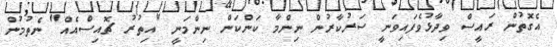
އެގޮތުން ރައީސް ވިދާޅުވެފައިވަނީ ސަރުކާރުން ނިންމާ ކަންކަން ނިންމަނީ "އިތުރު ޗޮއިސްއެއް" ނެތުމުން